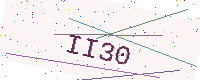
Text: II30